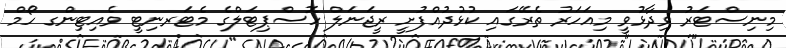
މިނިސްޓަރު ވިދާޅުވީ މިއަހަރު ތެރޭގައި ކުޅުދުއްފުށީ ރީޖަނަލް ހޮސްޕިޓަލްގެ މެޓަރނިޓީ ވެއިޓިންގ ހޯމް